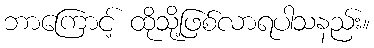
ဘာကြောင့် ထိုသို့ဖြစ်လာရပါသနည်း။